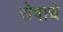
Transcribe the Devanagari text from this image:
रोषाचे